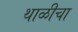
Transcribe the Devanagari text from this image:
थाळीचा